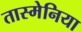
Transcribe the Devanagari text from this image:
तास्मेनिया